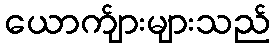
ယောက်ျားများသည်